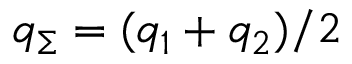
q _ { \Sigma } = ( q _ { 1 } + q _ { 2 } ) / 2